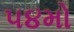
૫૪મો